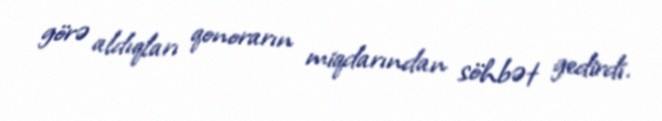
görə aldıqları qonorarın miqdarından söhbət gedirdi.